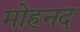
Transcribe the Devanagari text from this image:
मोहनद